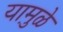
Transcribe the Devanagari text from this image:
यामु़ळे